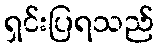
ရှင်းပြရသည်